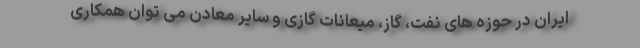
ایران در حوزه های نفت، گاز، میعانات گازی و سایر معادن می توان همکاری